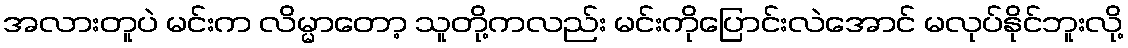
အလားတူပဲ မင်းက လိမ္မာတော့ သူတို့ကလည်း မင်းကိုပြောင်းလဲအောင် မလုပ်နိုင်ဘူးလို့